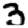
Digit: 3